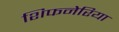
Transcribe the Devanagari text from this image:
शिफनेरिया